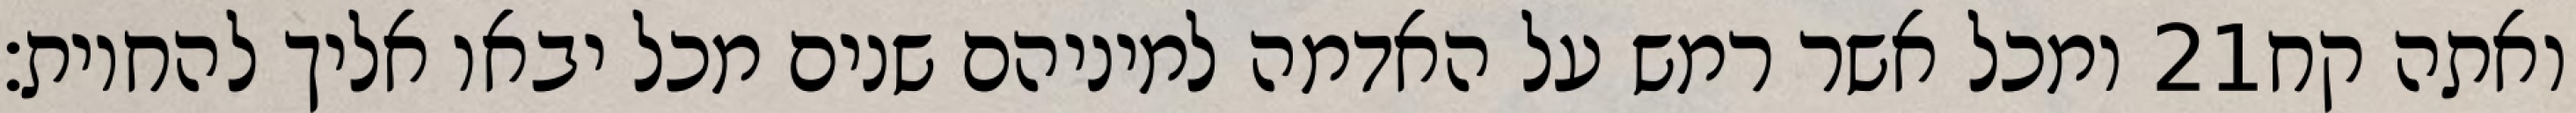
ומכל אשר רמש על האדמה למיניהם שנים מכל יבאו אליך להחיות׃ ‎21‏ ואתה קח